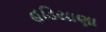
હડિયાણા